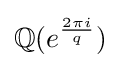
\mathbb {Q} (e^{\frac {2\pi i}{q}})